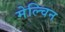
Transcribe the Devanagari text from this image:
मेल्चिन